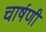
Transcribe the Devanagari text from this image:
चार्षणी